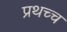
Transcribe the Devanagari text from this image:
प्रथच्च